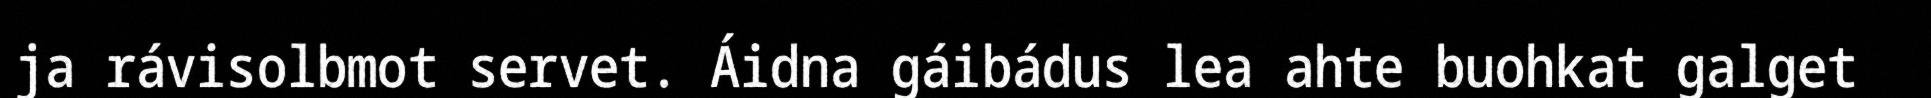
ja rávisolbmot servet. Áidna gáibádus lea ahte buohkat galget